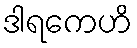
ဒါရကေဟိ